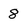
Character: 8